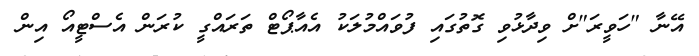
އޭނާ "ހަވީރަ"ށް ވިދާޅުވި ގޮތުގައި ފުވައްމުލަކު އެއާޕޯޓް ތަރައްގީ ކުރަން އެސްޓީއޯ އިން